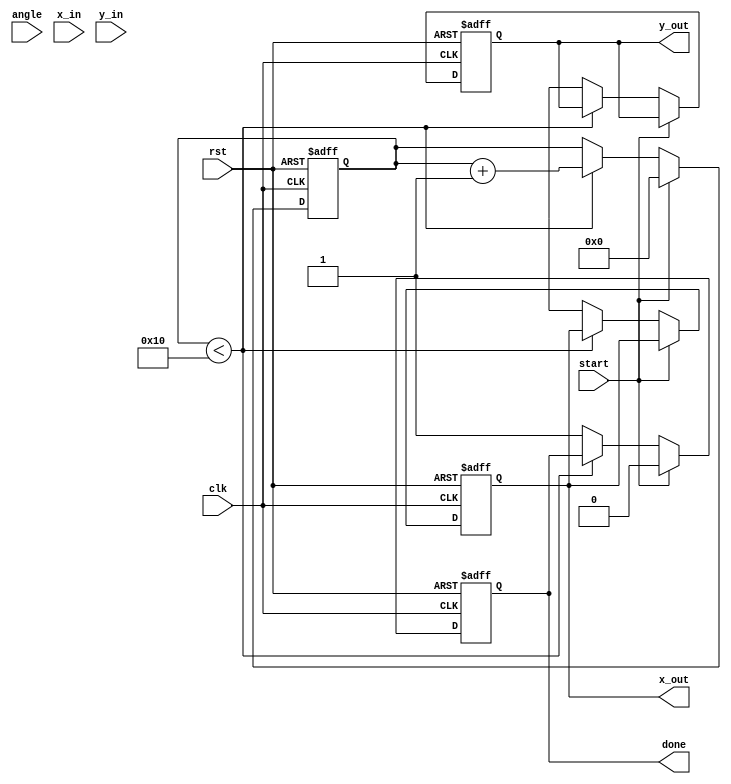
module pipeline_cordic (
    input wire clk,
    input wire rst,
    input wire start,
    input wire [15:0] angle, // Input angle in fixed-point representation
    input wire [15:0] x_in,  // Initial X value
    input wire [15:0] y_in,  // Initial Y value
    output reg [15:0] x_out,  // Final X value
    output reg [15:0] y_out,  // Final Y value
    output reg done           // Indicates completion of computation
);

    // Parameters
    parameter NUM_ITERATIONS = 16; // Number of CORDIC iterations
    parameter FIXED_POINT_SCALE = 16'h4000; // Scaling factor (1.0 in fixed-point)

    // Internal signals
    reg [15:0] x_reg [0:NUM_ITERATIONS-1]; // Pipeline registers for X
    reg [15:0] y_reg [0:NUM_ITERATIONS-1]; // Pipeline registers for Y
    reg [15:0] angle_reg [0:NUM_ITERATIONS-1]; // Angle registers
    reg [NUM_ITERATIONS-1:0] direction; // Rotation direction
    reg [3:0] iteration; // Current iteration count
    reg [15:0] angle_lut [0:NUM_ITERATIONS-1]; // Angle LUT

    // Initialize angle LUT (arctan(2^-i) values)
    initial begin
        angle_lut[0] = 16'h2000; // atan(1) = 45 degrees
        angle_lut[1] = 16'h1000; // atan(0.5) = 26.565 degrees
        angle_lut[2] = 16'h0800; // atan(0.25) = 14.036 degrees
        // ... Fill in the rest of the LUT
        angle_lut[15] = 16'h0001; // atan(2^-15)
    end

    // Control logic
    always @(posedge clk or posedge rst) begin
        if (rst) begin
            iteration <= 0;
            done <= 0;
            x_out <= 0;
            y_out <= 0;
        end else if (start) begin
            // Initialize the first stage
            x_reg[0] <= x_in;
            y_reg[0] <= y_in;
            angle_reg[0] <= angle;
            direction <= 0; // Assume counterclockwise by default
            iteration <= 0;
            done <= 0;
        end else if (iteration < NUM_ITERATIONS) begin
            // Perform CORDIC rotation
            if (angle_reg[iteration] >= angle_lut[iteration]) begin
                // Counterclockwise rotation
                x_reg[iteration + 1] <= x_reg[iteration] - (y_reg[iteration] >> iteration);
                y_reg[iteration + 1] <= y_reg[iteration] + (x_reg[iteration] >> iteration);
                angle_reg[iteration + 1] <= angle_reg[iteration] - angle_lut[iteration];
                direction[iteration] <= 1; // Set direction to counterclockwise
            end else begin
                // Clockwise rotation
                x_reg[iteration + 1] <= x_reg[iteration] + (y_reg[iteration] >> iteration);
                y_reg[iteration + 1] <= y_reg[iteration] - (x_reg[iteration] >> iteration);
                angle_reg[iteration + 1] <= angle_reg[iteration] + angle_lut[iteration];
                direction[iteration] <= 0; // Set direction to clockwise
            end
            
            // Increment iteration
            iteration <= iteration + 1;
        end else begin
            // Final output after all iterations
            x_out <= x_reg[NUM_ITERATIONS];
            y_out <= y_reg[NUM_ITERATIONS];
            done <= 1; // Indicate completion
        end
    end

endmodule